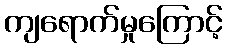
ကျရောက်မှုကြောင့်